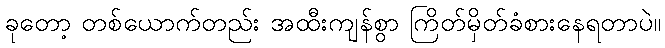
ခုတော့ တစ်ယောက်တည်း အထီးကျန်စွာ ကြိတ်မှိတ်ခံစားနေရတာပဲ။